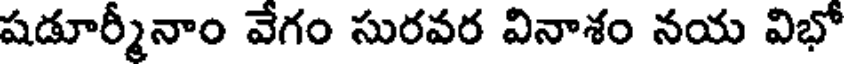
షడూర్మీనాం వేగం సురవర వినాశం నయ విభో